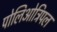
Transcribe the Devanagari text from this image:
पोलिओट्रिपल